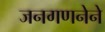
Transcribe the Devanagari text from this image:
जनगणनेने